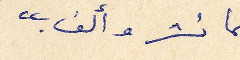
بما نشر وألف."